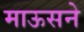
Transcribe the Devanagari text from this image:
माऊसने